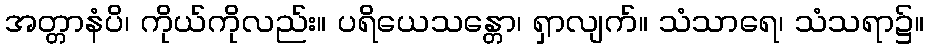
အတ္တာနံပိ၊ ကိုယ်ကိုလည်း။ ပရိယေသန္တော၊ ရှာလျက်။ သံသာရေ၊ သံသရာ၌။